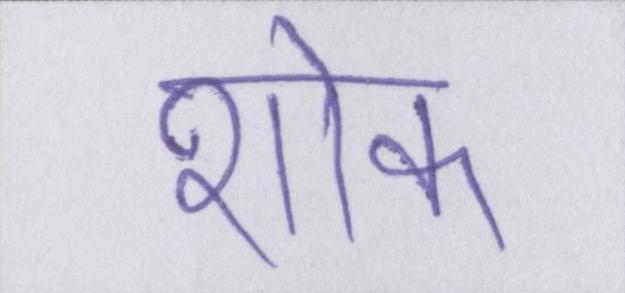
शोक